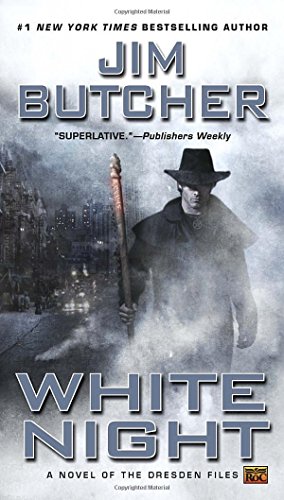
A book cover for White Night (The Dresden Files, Book 9); Jim Butcher; Science Fiction & Fantasy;